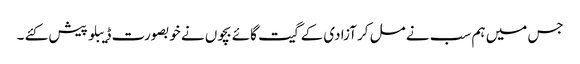
جس میں ہم سب نے مل کر آزادی کے گیت گائے بچوں نے خوبصورت ڈیبلو پیش کئے ۔